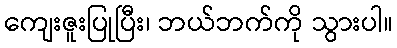
ကျေးဇူးပြုပြီး၊ ဘယ်ဘက်ကို သွားပါ။